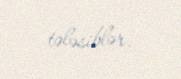
tələsiblər.